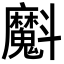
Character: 𭤞